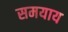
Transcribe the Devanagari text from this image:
समयाय